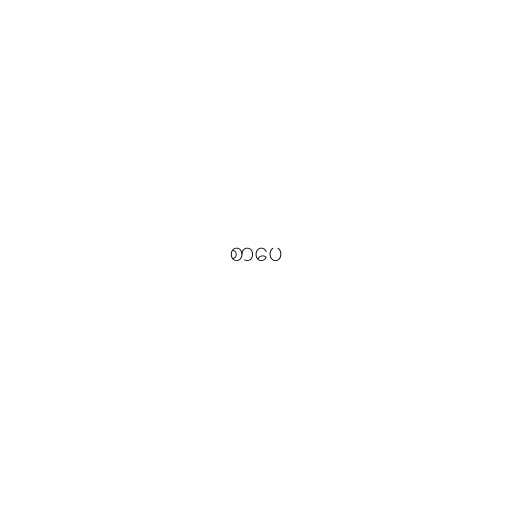
စာပေ